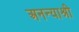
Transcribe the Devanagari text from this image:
अनन्याश्री